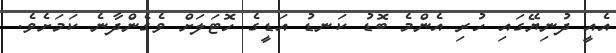
އެއީ ދުނިޔޭގައި ހުރި އެންމެ ބޮޑު ކަނޑު އަޑީގެ ހޮޓަލަށް ވެގެންދާނެ ކަމަށެވެ.